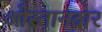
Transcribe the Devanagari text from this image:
ओस्तानदार